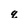
Character: q